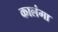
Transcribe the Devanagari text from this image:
कालंगा